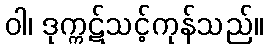
ဝါ၊ ဒုက္ကဋ်သင့်ကုန်သည်။